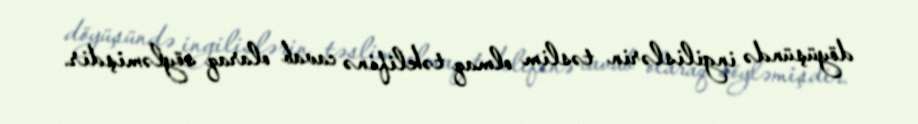
döyüşündə ingilislərin təslim olmaq təklifinə cavab olaraq söyləmişdir.